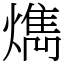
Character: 𤎱